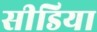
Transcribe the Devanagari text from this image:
सीडिया